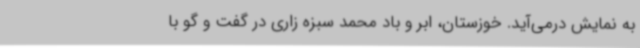
به نمایش درمی‌آید. خوزستان، ابر و باد محمد سبزه زاری در گفت و گو با